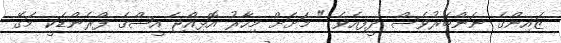
ޒައިންގެ ނަންބަރުވެސް ދީފިއެވެ " މަށަށް މިހާރު އޮޅިއްޖެ އީޝްގެ ފްރެންޑަކީ މަގޭ